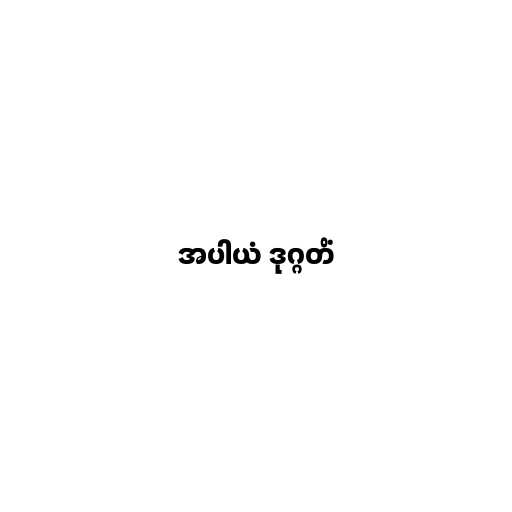
အပါယံ ဒုဂ္ဂတိံ